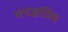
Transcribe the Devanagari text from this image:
पंचक्षत्रिय